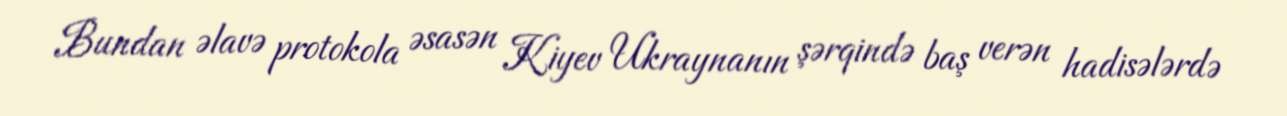
Bundan əlavə protokola əsasən Kiyev Ukraynanın şərqində baş verən hadisələrdə